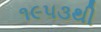
૧૯૫૩થી